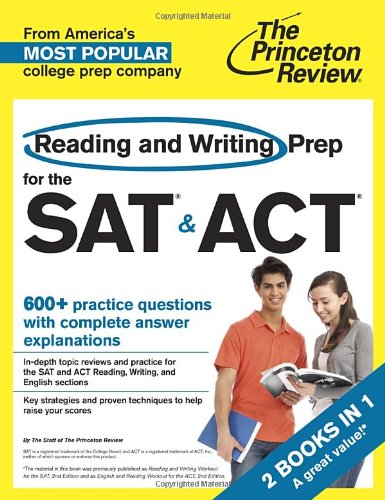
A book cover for Reading and Writing Prep for the SAT & ACT: 2 Books in 1 (College Test Preparation); Princeton Review; Test Preparation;